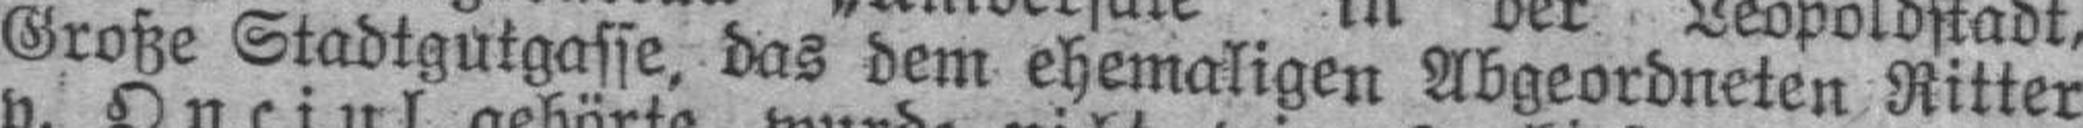
Große Stadtgukgasse, das dem ehemaligen Abgeordneten Ritter